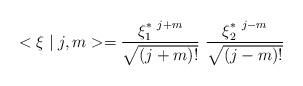
LaTeX: \begin{align*}<\xi \mid j,m>=\frac{\xi_1^{*~j+m}}{\sqrt{(j+m)!}}~\frac{\xi_2^{*~j-m}}{\sqrt{(j-m)!}}\end{align*}